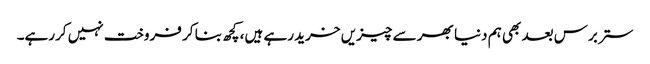
ستر برس بعد بھی ہم دنیا بھر سے چیزیں خرید رہے ہیں، کچھ بنا کر فروخت نہیں کررہے۔